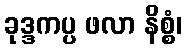
ခုဒ္ဒကပ္ပ ဖလာ နိစ္စံ၊